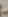
-